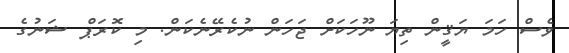
ވެސް ހަމަ ޔަޤީން ތިޔަ ނޫހަކަށް ޖަހަން ނުކެރޭނެކަން. މި ކޮރަޕް ޝަނުގެ